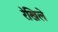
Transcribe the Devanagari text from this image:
रेखिले